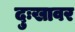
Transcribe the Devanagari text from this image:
दुःखावर